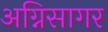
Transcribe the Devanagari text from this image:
अग्निसागर